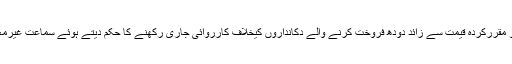
عدالت نے کمشنر کراچی کو مقررکردہ قیمت سے زائد دودھ فروخت کرنے والے دکانداروں کیخلاف کارروائی جاری رکھنے کا حکم دیتے ہوئے سماعت غیرمعینہ مدت تک ملتوی کردی۔